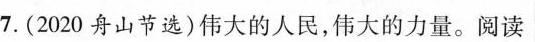
7.(2020舟山节选)伟大的人民，伟大的力量。阅读